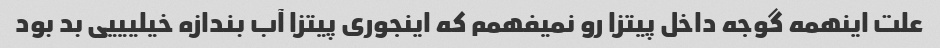
علت اینهمه گوجه داخل پیتزا رو نمیفهمم که اینجوری پیتزا آب بندازه خیلیییی بد بود